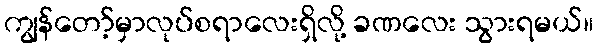
ကျွန်တော့်မှာလုပ်စရာလေးရှိလို့ ခဏလေး သွားရမယ်။